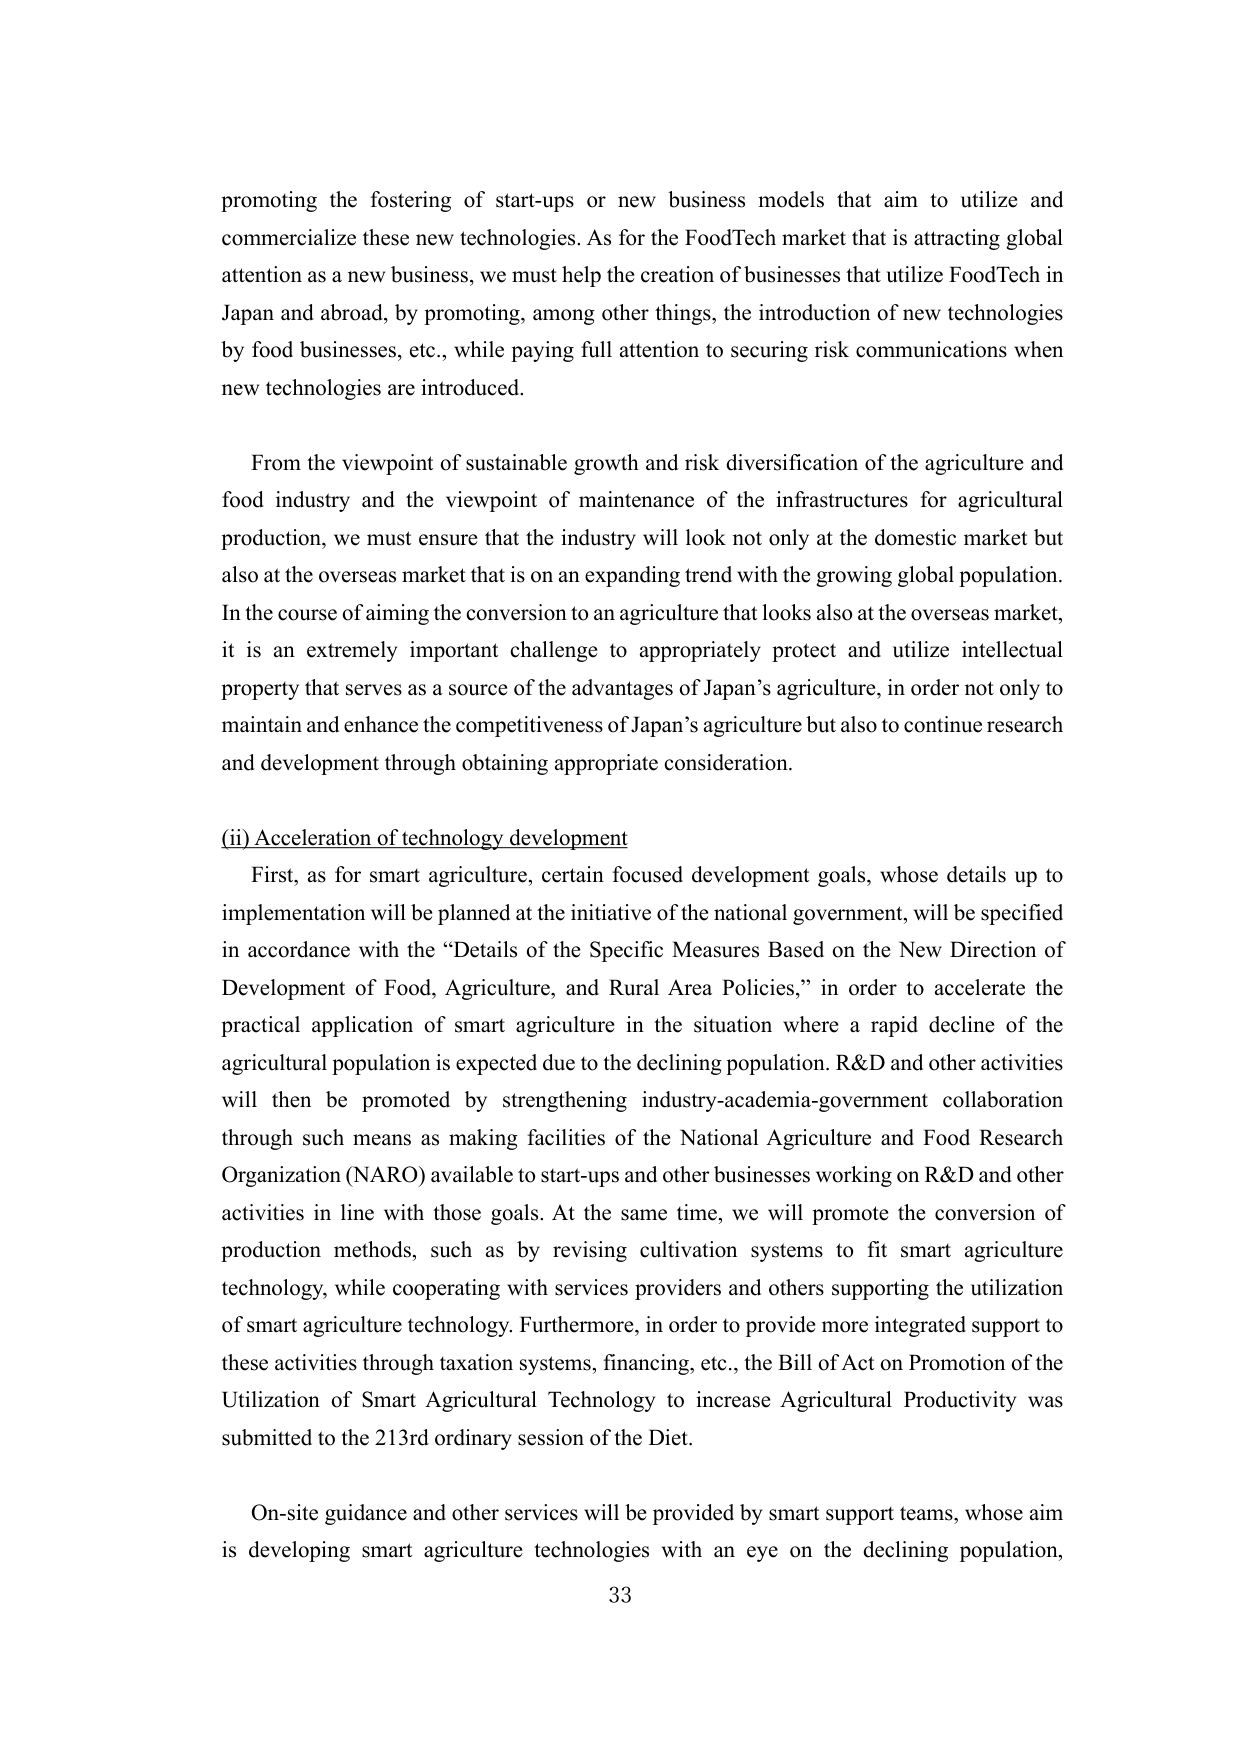
promoting the fostering of start-ups or new business models that aim to utilize and commercialize these new technologies. As for the FoodTech market that is attracting global attention as a new business, we must help the creation of businesses that utilize FoodTech in Japan and abroad, by promoting, among other things, the introduction of new technologies by food businesses, etc., while paying full attention to securing risk communications when new technologies are introduced.

From the viewpoint of sustainable growth and risk diversification of the agriculture and food industry and the viewpoint of maintenance of the infrastructures for agricultural production, we must ensure that the industry will look not only at the domestic market but also at the overseas market that is on an expanding trend with the growing global population. In the course of aiming the conversion to an agriculture that looks also at the overseas market, it is an extremely important challenge to appropriately protect and utilize intellectual property that serves as a source of the advantages of Japan’s agriculture, in order not only to maintain and enhance the competitiveness of Japan’s agriculture but also to continue research and development through obtaining appropriate consideration.

(ii) Acceleration of technology development

First, as for smart agriculture, certain focused development goals, whose details up to implementation will be planned at the initiative of the national government, will be specified in accordance with the “Details of the Specific Measures Based on the New Direction of Development of Food, Agriculture, and Rural Area Policies,” in order to accelerate the practical application of smart agriculture in the situation where a rapid decline of the agricultural population is expected due to the declining population. R&D and other activities will then be promoted by strengthening industry-academia-government collaboration through such means as making facilities of the National Agriculture and Food Research Organization (NARO) available to start-ups and other businesses working on R&D and other activities in line with those goals. At the same time, we will promote the conversion of production methods, such as by revising cultivation systems to fit smart agriculture technology, while cooperating with services providers and others supporting the utilization of smart agriculture technology. Furthermore, in order to provide more integrated support to these activities through taxation systems, financing, etc., the Bill of Act on Promotion of the Utilization of Smart Agricultural Technology to increase Agricultural Productivity was submitted to the 213rd ordinary session of the Diet.

On-site guidance and other services will be provided by smart support teams, whose aim is developing smart agriculture technologies with an eye on the declining population,

33